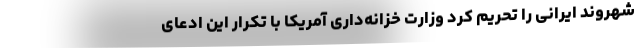
شهروند ایرانی را تحریم کرد وزارت خزانه‌داری آمریکا با تکرار این ادعای